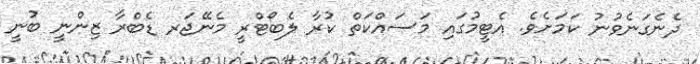
ދެނެގަނެވުނު ކަމަށެވެ. އެޓީމުގައި މަސައްކަތް ކުރާ ލެބޯޓްރީ މެނޭޖަރ ޑެބްރާ ޒިންނީ ބުނީ